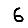
Digit: 6